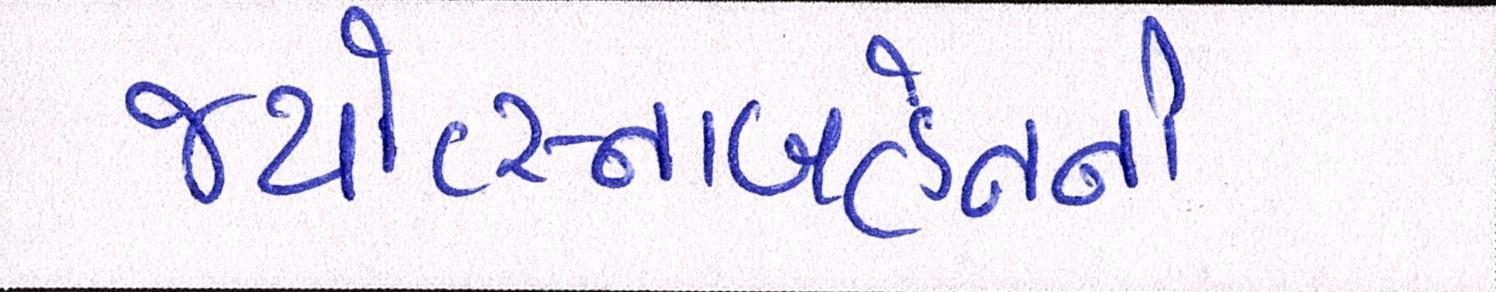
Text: જ્યોત્સ્નાબહેનની